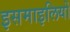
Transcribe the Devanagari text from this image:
इसमाइलियों